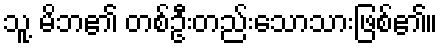
သူ့ မိဘ၏ တစ်ဦးတည်းသောသားဖြစ်၏။